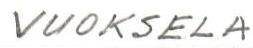
VUOKSELA